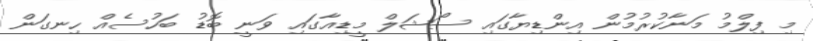
މި ފިލްމު މަނާކުރުމުން އިންޑިޔާގައި ސޯޝަލް މީޑިއާގައި ވަނީ ބޮޑު ބަހުސެއް ހިނގަން